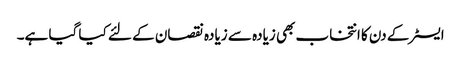
ایسٹر کے دن کا انتخاب بھی زیادہ سے زیادہ نقصان کے لئے کیا گیا ہے۔